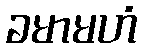
ခမာမဟံ